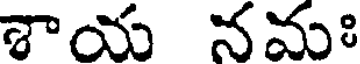
శాయ నమః